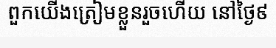
ពួកយើងត្រៀមខ្លួនរួចហើយ នៅថ្ងៃ៩